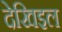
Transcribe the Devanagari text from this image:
देखिइल